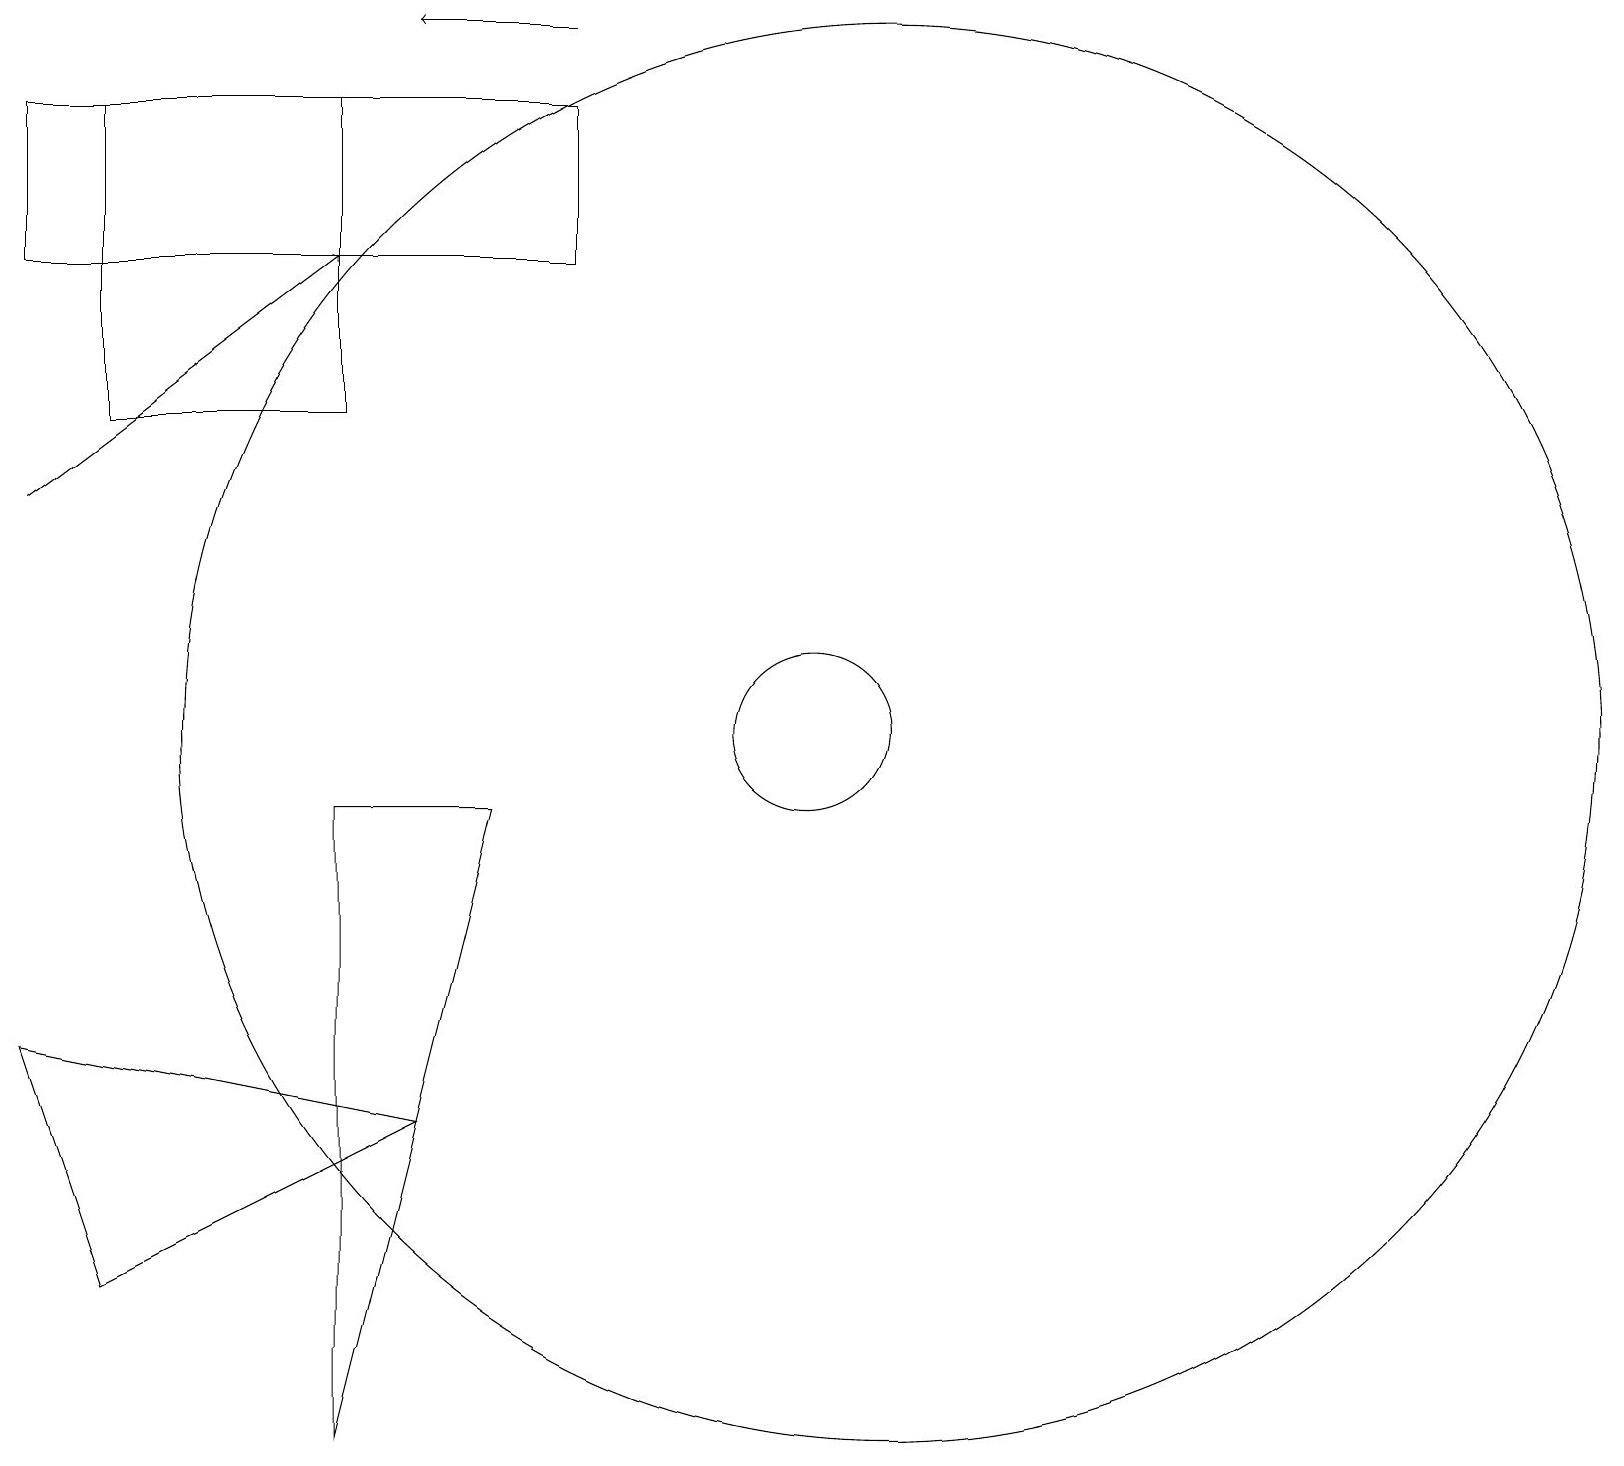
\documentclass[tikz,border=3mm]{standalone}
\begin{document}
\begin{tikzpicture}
\draw (10,10) circle (1);
\draw[->] (7,19) -- (5,19);
\draw (1,18) rectangle (4,14);
\draw (0,6) -- (1,3) -- (5,5) -- cycle;
\draw (0,16) rectangle (7,18);
\draw (6,9) -- (4,9) -- (4,1) -- cycle;
\draw (11,10) circle (9);
\draw[->] (0,13) -- (4,16);
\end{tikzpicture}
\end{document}